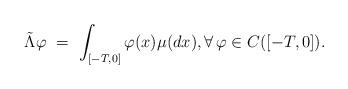
LaTeX: \begin{align*}\tilde\Lambda\varphi \ = \ \int_{[-T,0]} \varphi(x)\mu(dx), \forall\,\varphi\in C([-T,0]).\end{align*}